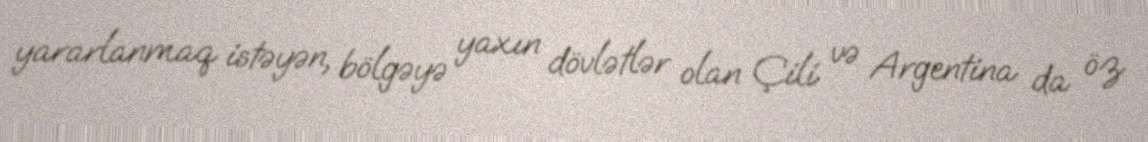
yararlanmaq istəyən, bölgəyə yaxın dövlətlər olan Çili və Argentina da öz